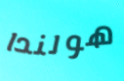
هولندا